Bombay plague: being a history of the progress of plague in the Bombay presidency from September 1896 to June 1899
Year: 1896
Disease focus: Plague
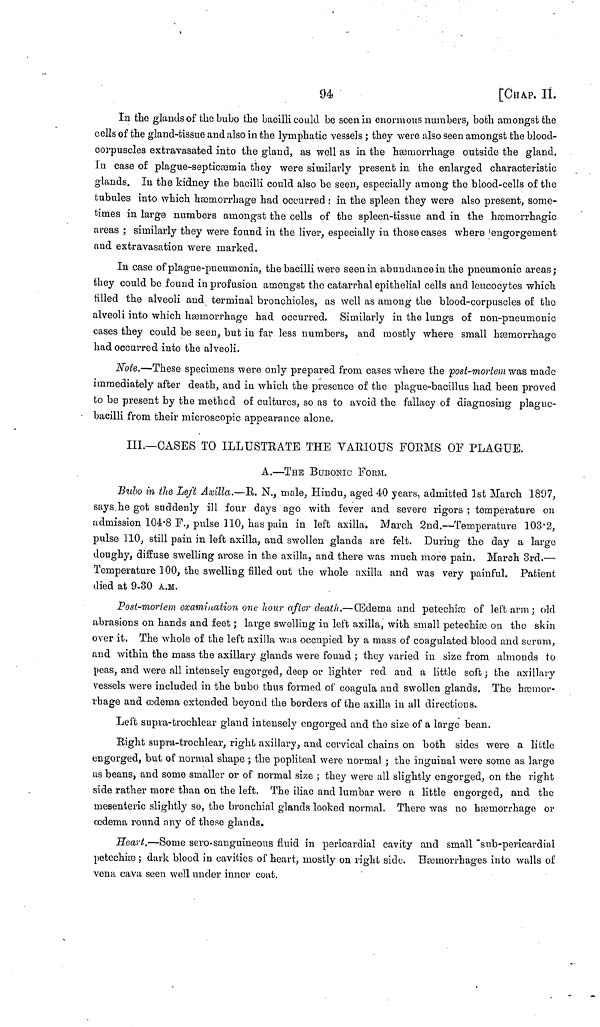
94
[CHAP. II.
In the glands of the bubo the bacilli could be seen in enormous numbers, both amongst the
cells of the gland-tissue and also in the lymphatic vessels ; they were also seen amongst the blood-
corpuscles extravasated into the gland, as well as in the hæmorrhage outside the gland.
In case of plague-septiciemia they were similarly present in the enlarged characteristic
glands. In the kidney the bacilli could also be seen, especially among the blood-cells of the
tubules into which hæmorrhage had occurred : in the spleen they were also present, some-
times in large numbers amongst the cells of the spleen-tissue and in the hæmorrhagic
areas ; similarly they were found in the liver, especially in those cases where engorgement
and extravasation were marked.
In case of plague-pneumonia, the bacilli were seen in abundance in the pneumonic areas;
they could be found in profusion amongst the catarrhal epithelial cells and leucocytes which
filled the alveoli and terminal bronchioles, as well as among the blood-corpuscles of the
alveoli into which hæmorrhage had occurred. Similarly in the lungs of non-pneumonic
cases they could be seen, but in far less numbers, and mostly where small hæmorrhage
had occurred into the alveoli.
Note.—These specimens were only prepared from cases where the post-mortem was made
immediately after death, and in which the presence of the plague-bacillus had been proved
to be present by the method of cultures, so as to avoid the fallacy of diagnosing plague-
bacilli from their microscopic appearance alone.
III.—CASES TO ILLUSTRATE THE VARIOUS FORMS OF PLAGUE.
A.—THE BUBONIC FORM.
Bubo in the Left Axilla.—R. N., male, Hindu, aged 40 years, admitted 1st March 1897,
says he got suddenly ill four days ago with fever and severe rigors ; temperature on
admission 104 . 8 F., pulse 110, has pain in left axilla. March 2nd.—Temperature 103 . 2,
pulse 110, still pain in left axilla, and swollen glands are felt. During the day a large
doughy, diffuse swelling arose in the axilla, and there was much more pain. March 3rd.—
Temperature 100, the swelling filled out the whole axilla and was very painful. Patient
died at 9-30 A.M.
Post-mortem examination one hour after death.—(Edema and petechicc of left arm; old
abrasions on hands and feet ; large swelling in left axilla, with small petechia) on the skin
over it. The whole of the left axilla was occupied by a mass of coagulated blood and scrum,
and within the mass the axillary glands were found ; they varied in size from almonds to
peas, and were all intensely engorged, deep or lighter red and a little soft; the axillary
Vessels were included in the bubo thus formed of coagula and swollen glands. The hæmor-
rhage and ædema extended beyond the borders of the axilla in all directions.
Left supra-trochlear gland intensely engorged and the size of a large bean.
Right supra-trochlear, right axillary, and cervical chains on both sides were a little
engorged, but of normal shape ; the popliteal were normal ; the inguinal were some as large
us beans, and some smaller or of normal size ; they were all slightly engorged, on the right
side rather more than on the left. The iliac and lumbar were a little engorged, and the
mesenteric slightly so, the bronchial glands looked normal. There was no hæmorrhage or
oedema round any of these glands.
Heart.—Some sero-sanguineous fluid in pericardial cavity and small snb-pericardial
petechiæ ; dark blood in cavities of heart, mostly on right side. Hœmorrhages into walls of
vena cava seen well under inner coat.